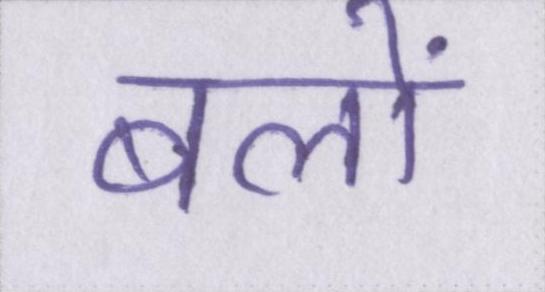
बलों